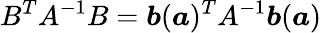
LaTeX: B^{T}A^{-1}B=\boldsymbol{b}(\boldsymbol{a})^{T}A^{-1}\boldsymbol{b}(\boldsymbol{a})